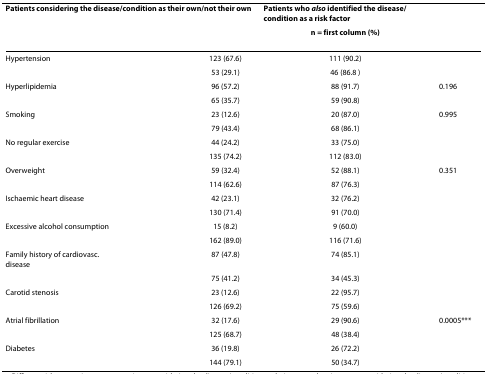
<table><thead><tr><td colspan="3"><b>Patients considering the disease/condition as their own/not their own</b></td><td><b>Patients who <i>also </i>identified the disease/condition as a risk factor</b></td><td>[EMPTY_CELL]</td></tr><tr><td>[EMPTY_CELL]</td><td>[EMPTY_CELL]</td><td>[EMPTY_CELL]</td><td><b>n = first column (%)</b></td><td>[EMPTY_CELL]</td></tr></thead><tbody><tr><td>Hypertension</td><td>[EMPTY_CELL]</td><td>123 (67.6)</td><td>111 (90.2)</td><td>[EMPTY_CELL]</td></tr><tr><td>[EMPTY_CELL]</td><td>[EMPTY_CELL]</td><td>53 (29.1)</td><td>46 (86.8 )</td><td>[EMPTY_CELL]</td></tr><tr><td>Hyperlipidemia</td><td>[EMPTY_CELL]</td><td>96 (57.2)</td><td>88 (91.7)</td><td>0.196</td></tr><tr><td>[EMPTY_CELL]</td><td>[EMPTY_CELL]</td><td>65 (35.7)</td><td>59 (90.8)</td><td>[EMPTY_CELL]</td></tr><tr><td>Smoking</td><td>[EMPTY_CELL]</td><td>23 (12.6)</td><td>20 (87.0)</td><td>0.995</td></tr><tr><td>[EMPTY_CELL]</td><td>[EMPTY_CELL]</td><td>79 (43.4)</td><td>68 (86.1)</td><td>[EMPTY_CELL]</td></tr><tr><td>No regular exercise</td><td>[EMPTY_CELL]</td><td>44 (24.2)</td><td>33 (75.0)</td><td>[EMPTY_CELL]</td></tr><tr><td>[EMPTY_CELL]</td><td>[EMPTY_CELL]</td><td>135 (74.2)</td><td>112 (83.0)</td><td>[EMPTY_CELL]</td></tr><tr><td>Overweight</td><td>[EMPTY_CELL]</td><td>59 (32.4)</td><td>52 (88.1)</td><td>0.351</td></tr><tr><td>[EMPTY_CELL]</td><td>[EMPTY_CELL]</td><td>114 (62.6)</td><td>87 (76.3)</td><td>[EMPTY_CELL]</td></tr><tr><td>Ischaemic heart disease</td><td>[EMPTY_CELL]</td><td>42 (23.1)</td><td>32 (76.2)</td><td>[EMPTY_CELL]</td></tr><tr><td>[EMPTY_CELL]</td><td>[EMPTY_CELL]</td><td>130 (71.4)</td><td>91 (70.0)</td><td>[EMPTY_CELL]</td></tr><tr><td>Excessive alcohol consumption</td><td>[EMPTY_CELL]</td><td>15 (8.2)</td><td>9 (60.0)</td><td>[EMPTY_CELL]</td></tr><tr><td>[EMPTY_CELL]</td><td>[EMPTY_CELL]</td><td>162 (89.0)</td><td>116 (71.6)</td><td>[EMPTY_CELL]</td></tr><tr><td>Family history of cardiovasc. disease</td><td>[EMPTY_CELL]</td><td>87 (47.8)</td><td>74 (85.1)</td><td>[EMPTY_CELL]</td></tr><tr><td>[EMPTY_CELL]</td><td>[EMPTY_CELL]</td><td>75 (41.2)</td><td>34 (45.3)</td><td>[EMPTY_CELL]</td></tr><tr><td>Carotid stenosis</td><td>[EMPTY_CELL]</td><td>23 (12.6)</td><td>22 (95.7)</td><td>[EMPTY_CELL]</td></tr><tr><td>[EMPTY_CELL]</td><td>[EMPTY_CELL]</td><td>126 (69.2)</td><td>75 (59.6)</td><td>[EMPTY_CELL]</td></tr><tr><td>Atrial fibrillation</td><td>[EMPTY_CELL]</td><td>32 (17.6)</td><td>29 (90.6)</td><td>0.0005***</td></tr><tr><td>[EMPTY_CELL]</td><td>[EMPTY_CELL]</td><td>125 (68.7)</td><td>48 (38.4)</td><td>[EMPTY_CELL]</td></tr><tr><td>Diabetes</td><td>[EMPTY_CELL]</td><td>36 (19.8)</td><td>26 (72.2)</td><td>[EMPTY_CELL]</td></tr><tr><td>[EMPTY_CELL]</td><td>[EMPTY_CELL]</td><td>144 (79.1)</td><td>50 (34.7)</td><td>[EMPTY_CELL]</td></tr></tbody></table>